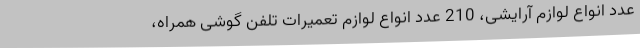
عدد انواع لوازم آرایشی، 210 عدد انواع لوازم تعمیرات تلفن گوشی همراه،